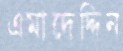
এমাদেদ্দিন